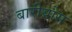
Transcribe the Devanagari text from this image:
बारीयोस